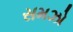
સમઝો